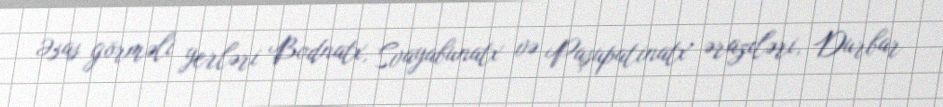
Əsas görməli yerləri Bodnatx, Svayabunatx və Paşupatinatx əraziləri, Durbar